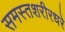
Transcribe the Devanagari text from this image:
समस्तशरीरधरे